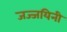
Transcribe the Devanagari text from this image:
जज्जयिनी